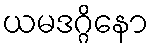
ယမဒဂ္ဂိနော